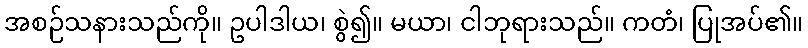
အစဉ်သနားသည်ကို။ ဥပါဒါယ၊ စွဲ၍။ မယာ၊ ငါဘုရားသည်။ ကတံ၊ ပြုအပ်၏။